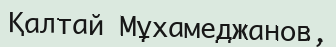
Қалтай Мұхамеджанов,